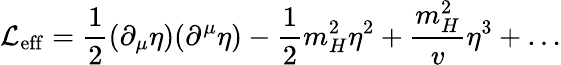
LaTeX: {\cal L}_{\mathrm{eff}}=\frac{1}{2}(\partial_{\mu}\eta)(\partial^{\mu}\eta)-\frac{1}{2}m_{H}^{2}\eta^{2}+{\frac{m_{H}^{2}}{v}}\eta^{3}+\ldots